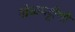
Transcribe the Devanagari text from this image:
खेळपट्टीशी